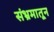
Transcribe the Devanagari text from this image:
संभ्रमातून